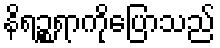
နိရဉ္စရာကိုပြောသည်